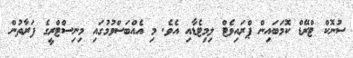
ސުނޮކް ޓްރޭޑް ކޮމަބައިން ޕްރައިވެޓް ލިމިޓެޑާއި އެވެ. މި އެއްބަސްވުމުގައި މިނިސްޓްރީގެ ފަރާތުން